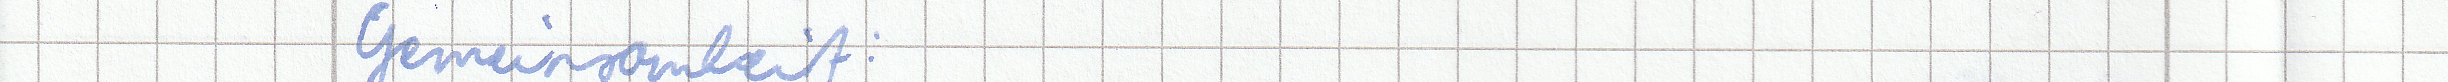
Gemeinsamkeit: